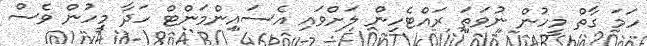
ހަމަ ގާތް މީހުން ނުވަތަ ރައްޓެހިން ލަށްވައި އެސައިންމަންޓް ހަދާ މީހުން ވެސް